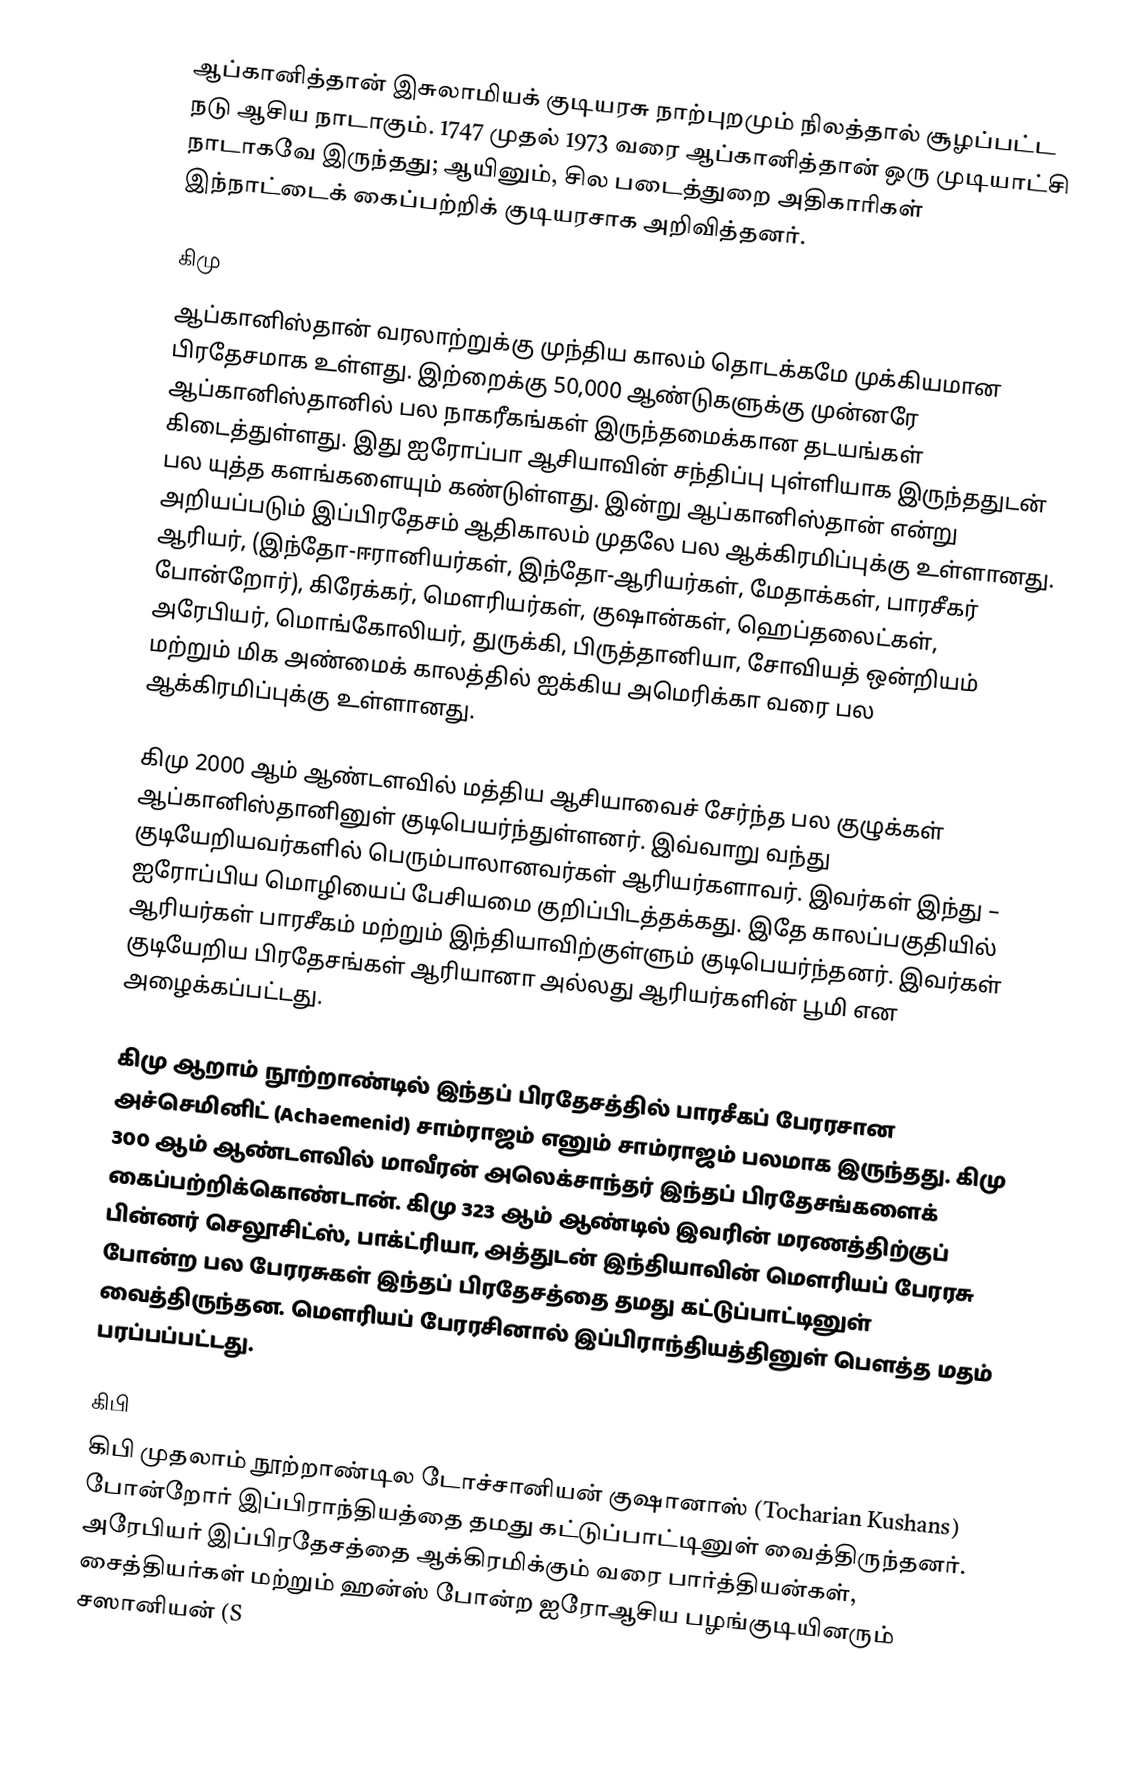
ஆப்கானித்தான் இசுலாமியக் குடியரசு நாற்புறமும் நிலத்தால் சூழப்பட்ட நடு ஆசிய நாடாகும்.  1747 முதல் 1973 வரை ஆப்கானித்தான் ஒரு முடியாட்சி நாடாகவே இருந்தது; ஆயினும், சில படைத்துறை அதிகாரிகள் இந்நாட்டைக் கைப்பற்றிக் குடியரசாக அறிவித்தனர்.

கிமு
ஆப்கானிஸ்தான் வரலாற்றுக்கு முந்திய காலம் தொடக்கமே முக்கியமான பிரதேசமாக உள்ளது. இற்றைக்கு 50,000 ஆண்டுகளுக்கு முன்னரே ஆப்கானிஸ்தானில் பல நாகரீகங்கள் இருந்தமைக்கான தடயங்கள் கிடைத்துள்ளது. இது ஐரோப்பா ஆசியாவின் சந்திப்பு புள்ளியாக இருந்ததுடன் பல யுத்த களங்களையும் கண்டுள்ளது. இன்று ஆப்கானிஸ்தான் என்று அறியப்படும் இப்பிரதேசம் ஆதிகாலம் முதலே பல ஆக்கிரமிப்புக்கு உள்ளானது. ஆரியர், (இந்தோ-ஈரானியர்கள், இந்தோ-ஆரியர்கள், மேதாக்கள், பாரசீகர் போன்றோர்), கிரேக்கர், மௌரியர்கள், குஷான்கள், ஹெப்தலைட்கள், அரேபியர், மொங்கோலியர், துருக்கி, பிருத்தானியா, சோவியத் ஒன்றியம் மற்றும் மிக அண்மைக் காலத்தில் ஐக்கிய அமெரிக்கா வரை பல ஆக்கிரமிப்புக்கு உள்ளானது.

கிமு 2000 ஆம் ஆண்டளவில் மத்திய ஆசியாவைச் சேர்ந்த பல குழுக்கள் ஆப்கானிஸ்தானினுள் குடிபெயர்ந்துள்ளனர். இவ்வாறு வந்து குடியேறியவர்களில் பெரும்பாலானவர்கள் ஆரியர்களாவர். இவர்கள் இந்து – ஐரோப்பிய மொழியைப் பேசியமை குறிப்பிடத்தக்கது. இதே காலப்பகுதியில் ஆரியர்கள் பாரசீகம் மற்றும் இந்தியாவிற்குள்ளும் குடிபெயர்ந்தனர். இவர்கள் குடியேறிய பிரதேசங்கள் ஆரியானா அல்லது ஆரியர்களின் பூமி என அழைக்கப்பட்டது.

கிமு ஆறாம் நூற்றாண்டில் இந்தப் பிரதேசத்தில் பாரசீகப் பேரரசான அச்செமினிட் (Achaemenid) சாம்ராஜம் எனும் சாம்ராஜம் பலமாக இருந்தது. கிமு 300 ஆம் ஆண்டளவில் மாவீரன் அலெக்சாந்தர் இந்தப் பிரதேசங்களைக் கைப்பற்றிக்கொண்டான். கிமு 323 ஆம் ஆண்டில் இவரின் மரணத்திற்குப் பின்னர் செலூசிட்ஸ், பாக்ட்ரியா, அத்துடன் இந்தியாவின் மெளரியப் பேரரசு போன்ற பல பேரரசுகள் இந்தப் பிரதேசத்தை தமது கட்டுப்பாட்டினுள் வைத்திருந்தன. மெளரியப் பேரரசினால் இப்பிராந்தியத்தினுள் பௌத்த மதம் பரப்பப்பட்டது.

கிபி
கிபி முதலாம் நூற்றாண்டில டோச்சானியன் குஷானாஸ் (Tocharian Kushans) போன்றோர் இப்பிராந்தியத்தை தமது கட்டுப்பாட்டினுள் வைத்திருந்தனர். அரேபியர் இப்பிரதேசத்தை ஆக்கிரமிக்கும் வரை பார்த்தியன்கள், சைத்தியர்கள் மற்றும் ஹன்ஸ் போன்ற ஐரோஆசிய பழங்குடியினரும் சஸானியன் (S